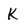
Character: K